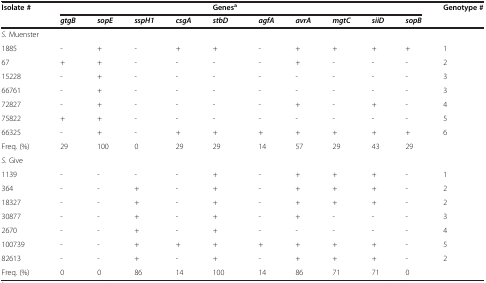
| Isolate # |  |  |  |  | Genesa |  |  |  |  |  | Genotype # |
 |  | gtgB | sopE | sspH1 | csgA | stbD | agfA | avrA | mgtC | siiD | sopB |  |
 | --- | --- | --- | --- | --- | --- | --- | --- | --- | --- | --- | --- |
 | S. Muenster |  |  |  |  |  |  |  |  |  |  |  |
 | 1885 | - | + | - | + | + | - | + | + | + | + | 1 |
 | 67 | + | + | - | - | - | - | + | - | - | - | 2 |
 | 15228 | - | + | - | - | - | - | - | - | - | - | 3 |
 | 66761 | - | + | - | - | - | - | - | - | - | - | 3 |
 | 72827 | - | + | - | - | - | - | + | - | + | - | 4 |
 | 75822 | + | + | - | - | - | - | - | - | - | - | 5 |
 | 66325 | - | + | - | + | + | + | + | + | + | + | 6 |
 | Freq. (%) | 29 | 100 | 0 | 29 | 29 | 14 | 57 | 29 | 43 | 29 |  |
 | S. Give |  |  |  |  |  |  |  |  |  |  |  |
 | 1139 | - | - | - | - | + | - | + | + | + | - | 1 |
 | 364 | - | - | + | - | + | - | + | + | + | - | 2 |
 | 18327 | - | - | + | - | + | - | + | + | + | - | 2 |
 | 30877 | - | - | + | - | + | - | + | - | - | - | 3 |
 | 2670 | - | - | + | - | + | - | - | - | - | - | 4 |
 | 100739 | - | - | + | + | + | + | + | + | + | - | 5 |
 | 82613 | - | - | + | - | + | - | + | + | + | - | 2 |
 | Freq. (%) | 0 | 0 | 86 | 14 | 100 | 14 | 86 | 71 | 71 | 0 |  |